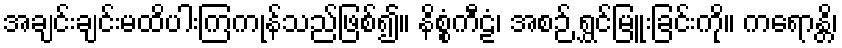
အချင်းချင်းမထိပါးကြကုန်သည်ဖြစ်၍။ နိစ္စံကီဠံ၊ အစဉ် ရွှင်မြူးခြင်းကို။ ကရောန္တိ၊